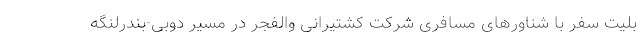
بلیت سفر با شناورهای مسافری شرکت کشتیرانی والفجر در مسیر دوبی-بندرلنگه